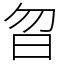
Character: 曶